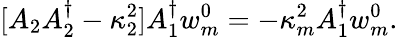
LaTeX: [A_{2}A_{2}^{\dagger}-\kappa_{2}^{2}]A_{1}^{\dagger}w_{m}^{0}=-\kappa_{m}^{2}A_{1}^{\dagger}w_{m}^{0}.